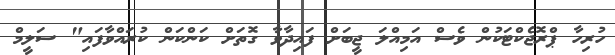
ހުރިހާ ޕްރޮޖެކްޓަކުން ވެސް އަމިއްލަ ޖީބަށް ފައިދާވާ ގޮތަށް ކަންކަން ކުރައްވާފައި" ސަލީމް